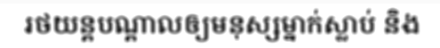
រថយន្តបណ្តាលឲ្យមនុស្សម្នាក់ស្លាប់ និង